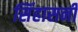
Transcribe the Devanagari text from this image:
सिंहासनी